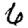
Digit: 6